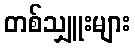
တစ်သျှူးများ